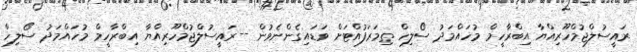
ރައީސުލްޖުމްހޫރިއްޔާ އިބްރާހީމް މުހައްމަދު ސޯލިހް ތިމަރަފުއްޓަށް ވަޑައިގެންނެވުން --ރައީސުލްޖުމްހޫރިއްޔާ އިބްރާހީމް މުހައްމަދު ސޯލިހް